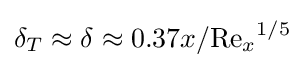
\delta _{T}\approx \delta \approx 0.37x/{\mathrm {Re} _{x}}^{1/5}